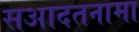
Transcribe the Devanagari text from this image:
सआदतनामा